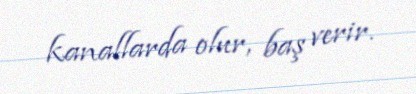
kanallarda olur, baş verir.